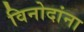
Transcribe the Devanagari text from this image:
विनोदांना